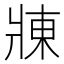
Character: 𬌃